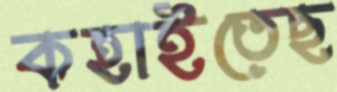
কহাইতেছ